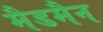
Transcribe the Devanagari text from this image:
मैडमैन